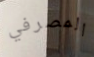
المصرفي